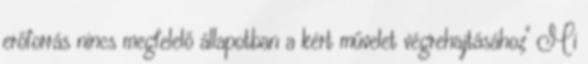
erőforrás nincs megfelelő állapotban a kért művelet végrehajtásához" Mi